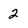
Character: 2